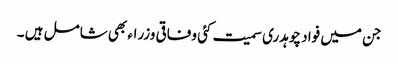
جن میں فواد چوہدری سمیت کئی وفاقی وزراء بھی شامل ہیں ۔